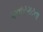
પવારગઢના